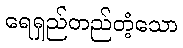
ရေရှည်တည်တံ့သော